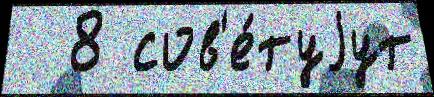
  8 сов'е́туjут